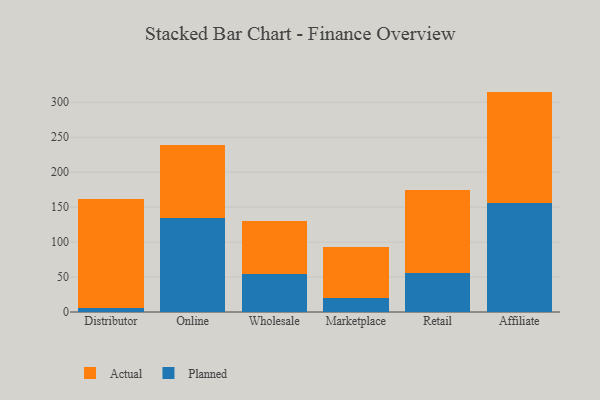
{"axis": {"x": "Channel", "y": "Energy Usage (MWh)"}, "legend": ["Actual", "Planned"], "data": [{"x": "Distributor", "y": 5.4, "type": "Planned"}, {"x": "Distributor", "y": 155.9, "type": "Actual"}, {"x": "Online", "y": 135.1, "type": "Planned"}, {"x": "Online", "y": 103.4, "type": "Actual"}, {"x": "Wholesale", "y": 54.6, "type": "Planned"}, {"x": "Wholesale", "y": 75.0, "type": "Actual"}, {"x": "Marketplace", "y": 20.6, "type": "Planned"}, {"x": "Marketplace", "y": 72.7, "type": "Actual"}, {"x": "Retail", "y": 55.1, "type": "Planned"}, {"x": "Retail", "y": 119.9, "type": "Actual"}, {"x": "Affiliate", "y": 155.5, "type": "Planned"}, {"x": "Affiliate", "y": 159.8, "type": "Actual"}]}